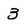
Character: 3